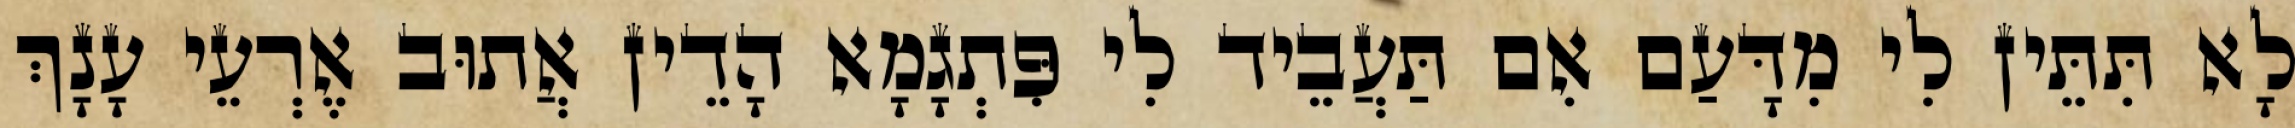
לָא תִּתֵּין לִי מִדָּעַם אִם תַּעֲבֵיד לִי פִּתְגָמָא הָדֵין אֲתוּב אֶרְעֵי עָנָךְ